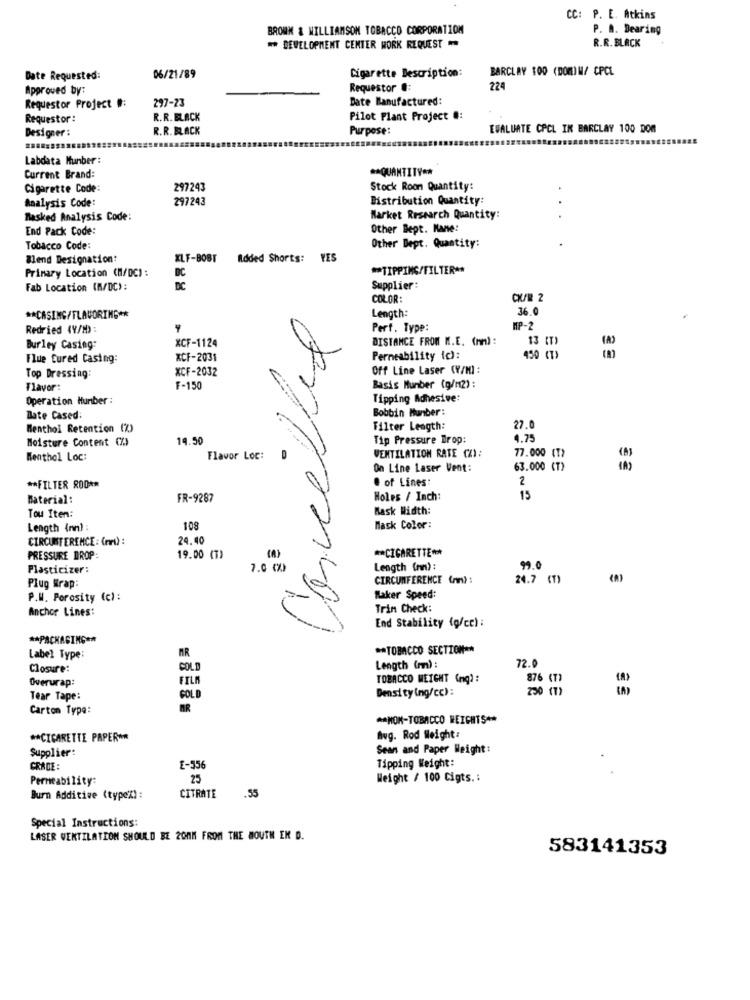
CC: P. E. Atkins
BROWN & WILLIAMSOM TOBACCO CORPORATION
P. A. Dearing
R.R. BLACK
** DEVELOPMENT CENTER WORK REQUEST
Cigarette Description:
BARCLAY 100 (DOM)W/ CPCL
Date Requested:
06/21/89
Approved by:
Requestor C:
224
Requestor Project #:
297-23
Bate Manufactured:
Requestor :
R.R. BLACK
Pilot Plant Project #:
Designer :
R.R.BLACK
Purpose:
EVALUATE CPCL IK BARCLAY 100 DOR
Labdata Munber :
** QUANTITY **
Current Brand:
Cigarette Code:
297243
Stock Room Quantity:
Analysis Code:
297243
Distribution Quantity:
Masked Analysis Code:
Market Research Quantity:
End Pack Code:
Other Bept. Mane:
Tobacco Code:
Other Dept. Quantity:
Blend Designation!
XLF-BOBT
Added Shorts:
YES
DC
** TIPPING/FILTER **
Primary Location (M/DC):
Fab Location (M/DC):
DC
Supplier:
COLOR:
Length:
36.0
** CASING/FLAVORING **
Redried 49/H):
Perf. Type:
MP-2
XCF-1124
Cancella
DISTANCE FROM M.E. (nm) :
13 (T)
Burley Casing:
Flue Cured Casing:
XCF-2031
Permeability ic):
450 (T)
XCF-2032
Off Line Laser (V/MI:
Top Dressing:
Flavor:
F-150
Basis Munber (g/m2) :
Operation Humber :
Tipping Adhesive:
Bobbin Munber :
Bate Cased:
Menthol Retention (%)
Filter Length:
27.0
Moisture Content (%)
19.50
Tip Pressure Trop:
1.75
VENTILATION RATE CZY:
Menthol Loc:
Flavor Loc:
D
77.000 (T)
On Line Laser Vent:
63.000 (T)
@ of Lines:
2
** FILTER ROD **
Material:
FR-9287
Holes / Inch:
15
Tou Iten:
Mask Width:
Length (nn)
108
Mask Color:
CIRCUNTERENCE : (mr) :
24.40
** CIGARETTE **
PRESSURE DROP:
19.00 (T)
Plasticizer:
7.0 (%)
Length (rn) :
9.0
CIRCUMFERENCE (rn) :
24.7 (T)
Plug Wrap:
P.W. Porosity (c) :
Maker Speed:
Anchor Lines:
Trin Check:
End Stability (g/cc) :
** PACKAGING **
MR
** TOBACCO SECTION **
Label Type:
72.0
Closure:
COLD
Length (m) :
Overurap:
FILM
TOBACCO WEIGHT (mg) :
876 (7
Density (ng/cc) :
230 (7)
Tear Tape:
COL
Carton Type:
MR
** NON-TOBACCO REICHTS **
** CIGARETTE PAPER **
Avg. Rod Weight:
Supplier:
Sean and Paper Weight:
CRADE:
E-356
Tipping Weight:
Permeability:
25
Weight / 100 Cigts .:
Burn Additive (typex):
CITRATE
.55
Special Instructions:
LASER VENTILATION SHOULD BE 20MM FROM THE MOUTH EN D.
583141353